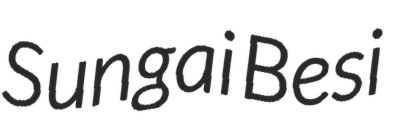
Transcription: Sungai Besi